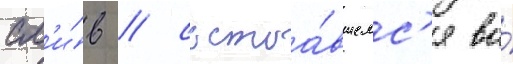
сл'и́в / состоа́вшемс'я во́